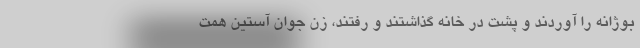
بوژانه را آوردند و پشت در خانه گذاشتند و رفتند، زن جوان آستين همت